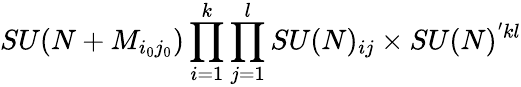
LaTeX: SU(N+M_{i_{0}j_{0}})\prod_{i=1}^{k}\prod_{j=1}^{l}SU(N)_{ij}\times SU(N)^{'kl}